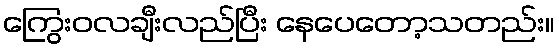
ကြွေးဝလချီးလည်ပြီး နေပေတော့သတည်း။